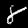
Label: 8